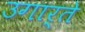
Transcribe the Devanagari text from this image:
उगार्ते